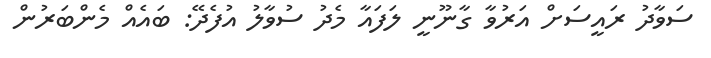
ސަވާދު ރައީސަށް އަރުވާ ގާނޫނީ ލަފައާ މެދު ސުވާލު އުފެދޭ: ބައެއް މެންބަރުން